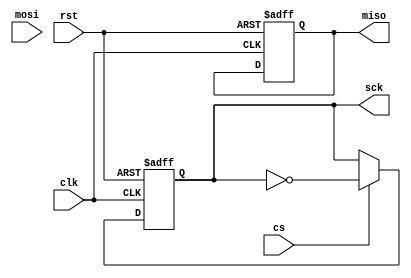
module spi_master #(
  parameter DATA_WIDTH = 8,  // Specify data width
  parameter CLOCK_FREQ = 1000000,  // Specify clock frequency
  parameter SLAVE_ADDRESS = 4'b0000  // Specify slave device address
) (
  input wire clk,  // Clock signal
  input wire rst,  // Reset signal
  input wire cs,  // Chip select signal
  input wire mosi,  // Master out slave in
  output reg miso,  // Master in slave out
  output reg sck  // Serial clock
);

reg [DATA_WIDTH-1:0] data_register;  // Shift register for data transfer

always @(posedge clk or posedge rst) begin
  if (rst) begin
    // Reset data register and control signals
    data_register <= 0;
    sck <= 0;
    miso <= 0;
  end else begin
    // Shift data out on rising edge of clock
    if (cs) begin
      sck <= ~sck;  // Toggle clock signal
      data_register <= {data_register[DATA_WIDTH-2:0], mosi};  // Shift in new data
    end
  end
end

// Add error checking and handling mechanisms here

endmodule